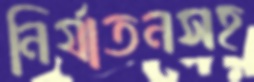
নির্যাতনসহ